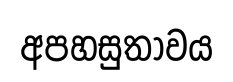
අපහසුතාවය